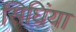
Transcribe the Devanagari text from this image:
सिघिंया